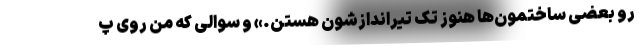
رو بعضی ساختمون‌ها هنوز تک تیراندازشون هستن.» و سوالی که من روی پ